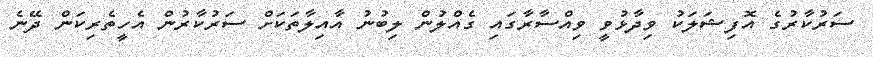
ސަރުކާރުގެ އޮފިޝަލަކު ވިދާޅުވީ ވިއްސާރާގައި ގެއްލުން ލިބުނު އާއިލާތަކަށް ސަރުކާރުން އެހީތެރިކަން ދޭނެ